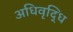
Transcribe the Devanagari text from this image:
अधिवृद्धि